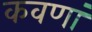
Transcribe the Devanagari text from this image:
कवणां